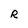
Character: R